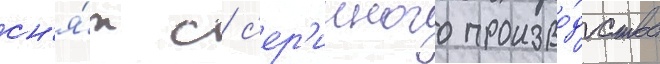
сн'я́т с с'ер'ииного произво́дства